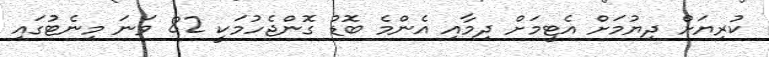
ކުރިޔަށް ދިޔުމަށް އެޓީމަށް ދިމާއި އެންމެ ބޮޑު ގޮންޖެހުމަކީ 82 ވަނަ މިނެޓުގައި